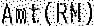
AMT(RM)